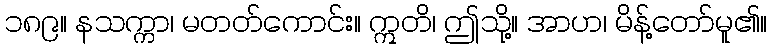
၁၈၉။ နသက္ကာ၊ မတတ်ကောင်း။ ဣတိ၊ ဤသို့။ အာဟ၊ မိန့်တော်မူ၏။